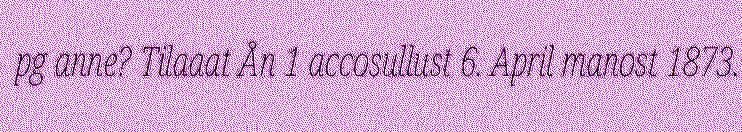
pg anne? Tilaaat Ån 1 accosullust 6. April manost 1873.